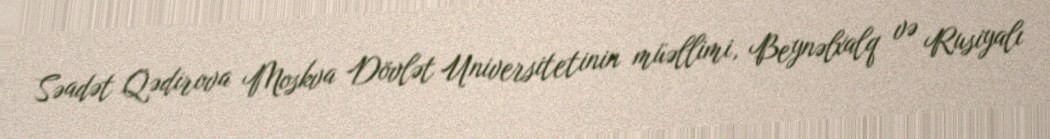
Səadət Qədirova Moskva Dövlət Universitetinin müəllimi, Beynəlxalq və Rusiyalı